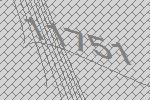
11751